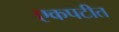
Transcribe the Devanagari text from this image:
एकपटीत